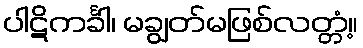
ပါဋိကင်္ခါ၊ မချွတ်မဖြစ်လတ္တံ့။